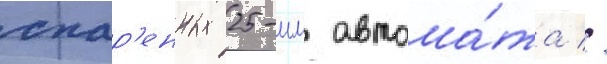
спар'енных 25-мм автома́та //